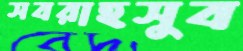
সবরাহসুব